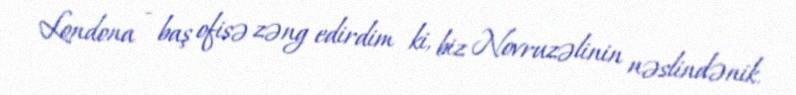
Londona - baş ofisə zəng edirdim ki, biz Novruzəlinin nəslindənik.